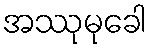
အဿုမုခေါ